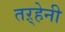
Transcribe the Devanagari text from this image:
तऱ्हेनी